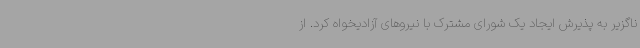
ناگزیر به پذیرش ایجاد یک شورای مشترک با نیروهای آزادیخواه کرد. از